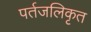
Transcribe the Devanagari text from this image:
पर्तजलिकृत